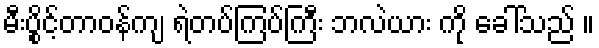
မီးပွိုင့်တာဝန်ကျ ရဲတပ်ကြပ်ကြီး ဘလဲယား ကို ခေါ်သည် ။